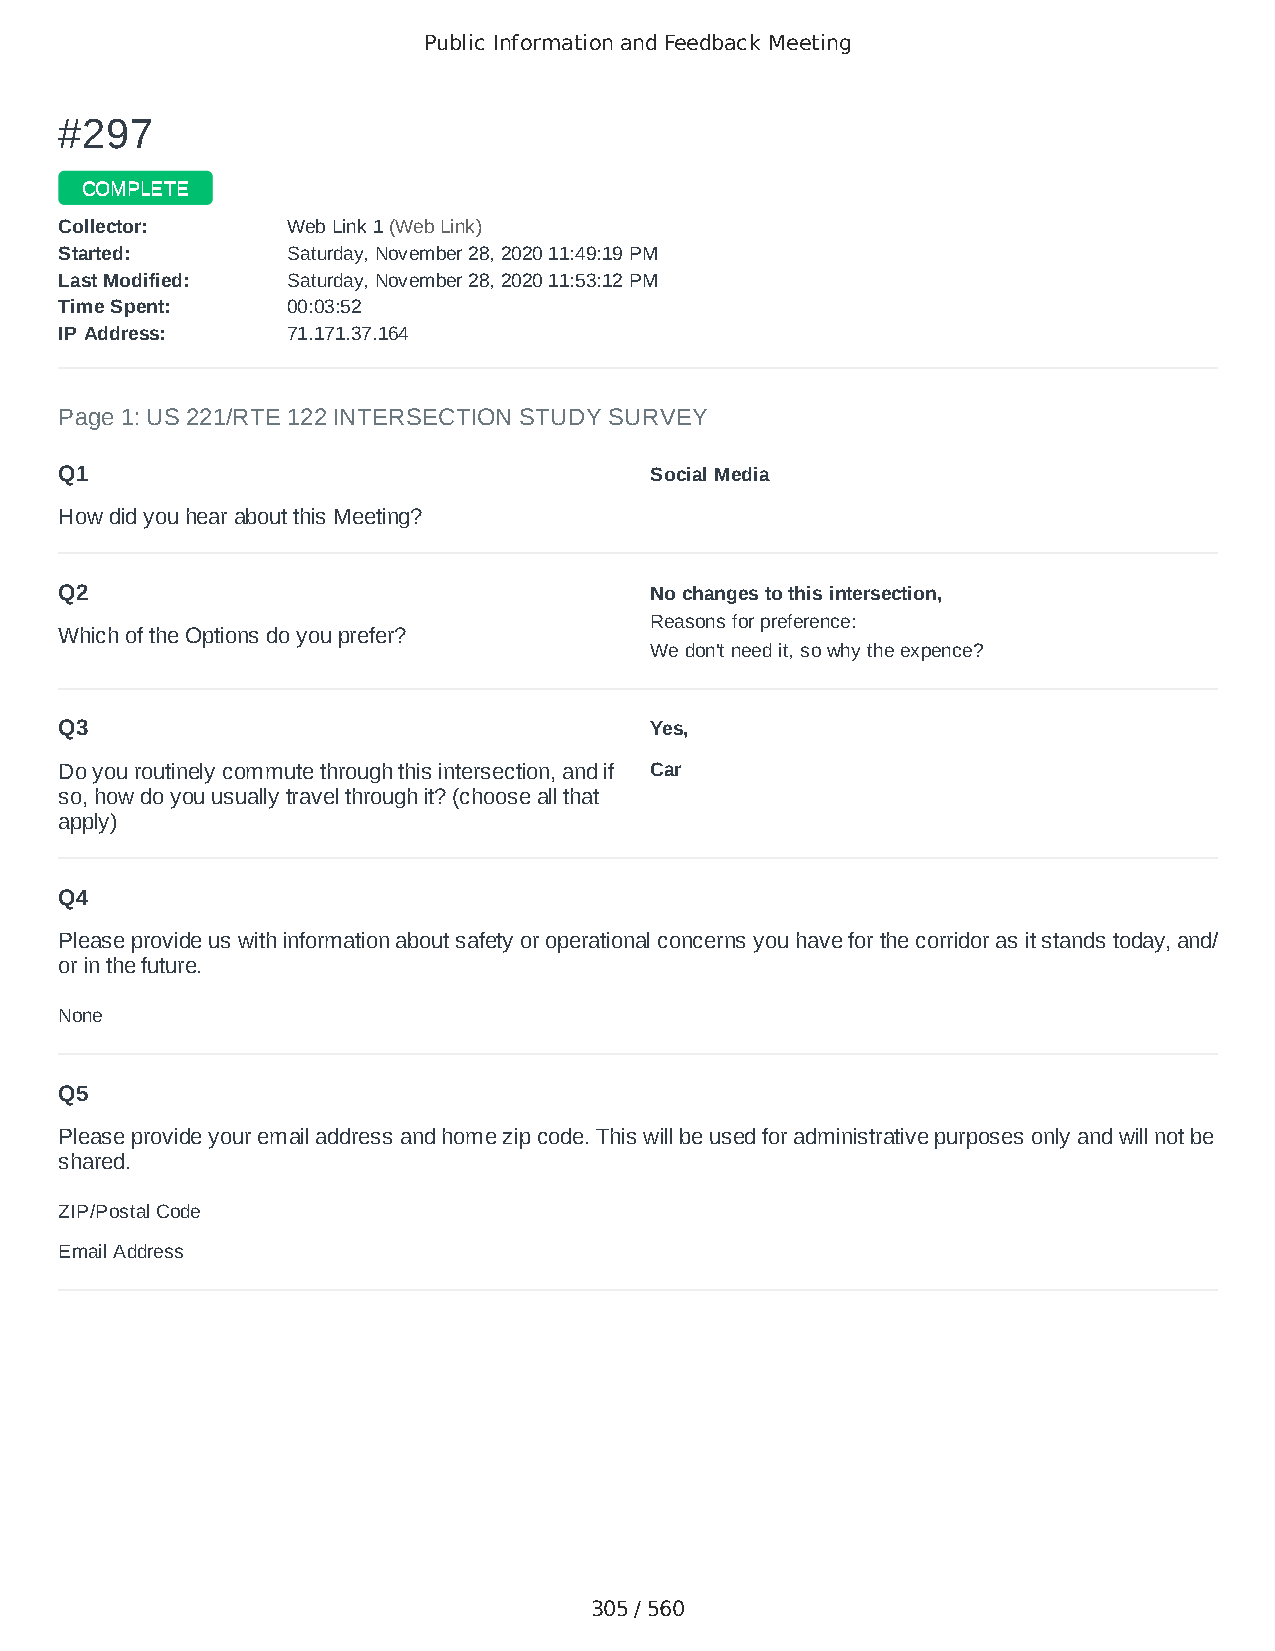
Public Information and Feedback Meeting
 ##229977
 CCOOMMPPLLEETTEE
 CCoolllleeccttoorr:: WWeebb LLiinnkk 11 ((WWeebb LLiinnkk))
 SSttaarrtteedd:: SSaattuurrddaayy,, NNoovveemmbbeerr 2288,, 22002200 1111::4499::1199 PPMM
 LLaasstt MMooddiiffiieedd:: SSaattuurrddaayy,, NNoovveemmbbeerr 2288,, 22002200 1111::5533::1122 PPMM
 TTiimmee SSppeenntt:: 0000::0033::5522
 IIPP AAddddrreessss:: 7711..117711..3377..116644
 Page 1: US 221/RTE 122 INTERSECTION STUDY SURVEY
 Q1                                     Social Media
 How did you hear about this Meeting?
 Q2                                     No changes to this intersection,
 Reasons for preference:
 Which of the Options do you prefer?
 We don't need it, so why the expence?
 Q3                                     Yes,
 Do you routinely commute through this intersection, and if Car
 so, how do you usually travel through it? (choose all that
 apply)
 Q4
 Please provide us with information about safety or operational concerns you have for the corridor as it stands today, and/
 or in the future.
 None
 Q5
 Please provide your email address and home zip code. This will be used for administrative purposes only and will not be
 shared.
 ZIP/Postal Code                        24523
 Email Address                          caremomma5plus@aol.com
 305 / 560